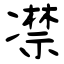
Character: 凚